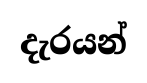
දැරයන්